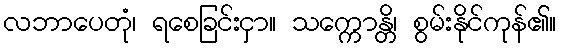
လဘာပေတုံ၊ ရစေခြင်းငှာ။ သက္ကောန္တိ၊ စွမ်းနိုင်ကုန်၏။